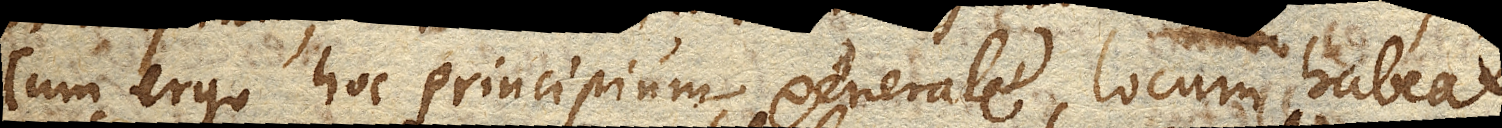
Cum ergo hoc principium generale locum habeat,